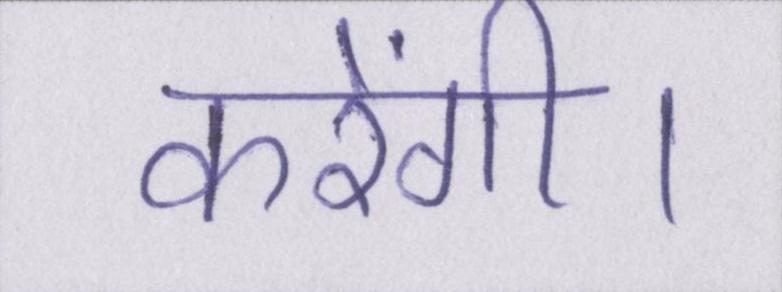
करेंगी।